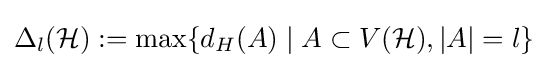
\Delta _{l}({\mathcal {H}}):=\max\{d_{H}(A)\mid A\subset V({\mathcal {H}}),|A|=l\}